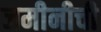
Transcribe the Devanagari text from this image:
जमीनीची